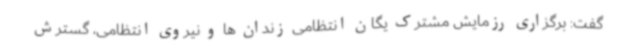
گفت: برگزاری رزمایش مشترک یگان انتظامی زندان ها و نیروی انتظامی، گسترش